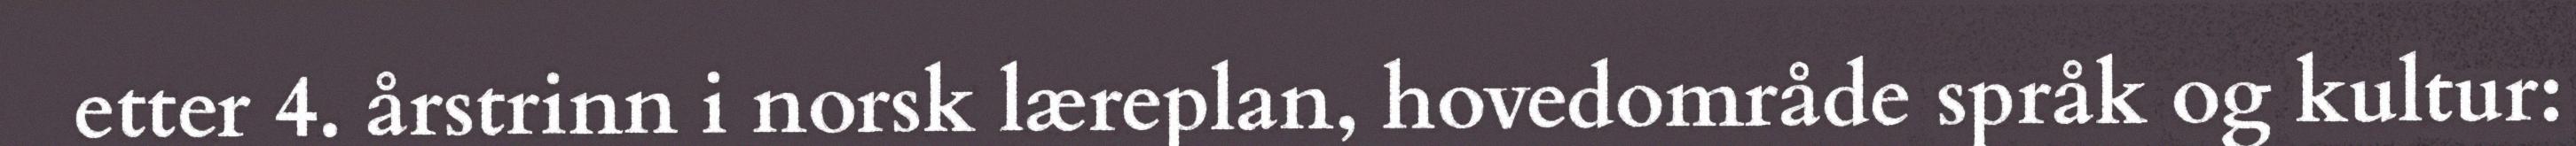
etter 4. årstrinn i norsk læreplan, hovedområde språk og kultur: